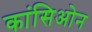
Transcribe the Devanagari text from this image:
कांसिओन